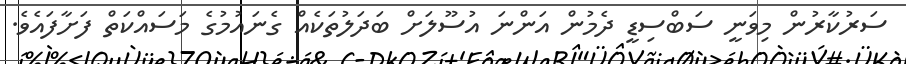
ސަރުކާރުން މިވަނީ ސަބްސިޑީ ދެމުން އަންނަ އުސޫލަށް ބަދަލުތަކެއް ގެނައުމުގެ މަސައްކަތް ފަށާފައެވެ.